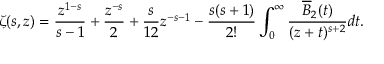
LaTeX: \zeta ( s , z ) = \frac { z ^ { 1 - s } } { s - 1 } + \frac { z ^ { - s } } { 2 } + \frac { s } { 1 2 } z ^ { - s - 1 } - \frac { s ( s + 1 ) } { 2 ! } \int _ { 0 } ^ { \infty } \frac { \overline { { { B } } } _ { 2 } ( t ) } { ( z + t ) ^ { s + 2 } } d t .